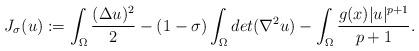
LaTeX: \begin{align*}J_\sigma(u):=\int_\Omega\dfrac{(\Delta u)^2}{2}- (1-\sigma)\int_\Omega det(\nabla^2 u)-\int_\Omega\dfrac{g(x)|u|^{p+1}}{p+1}.\end{align*}